Plague in India, 1896, 1897 - Volume 3
Year: 1896
Disease focus: Plague
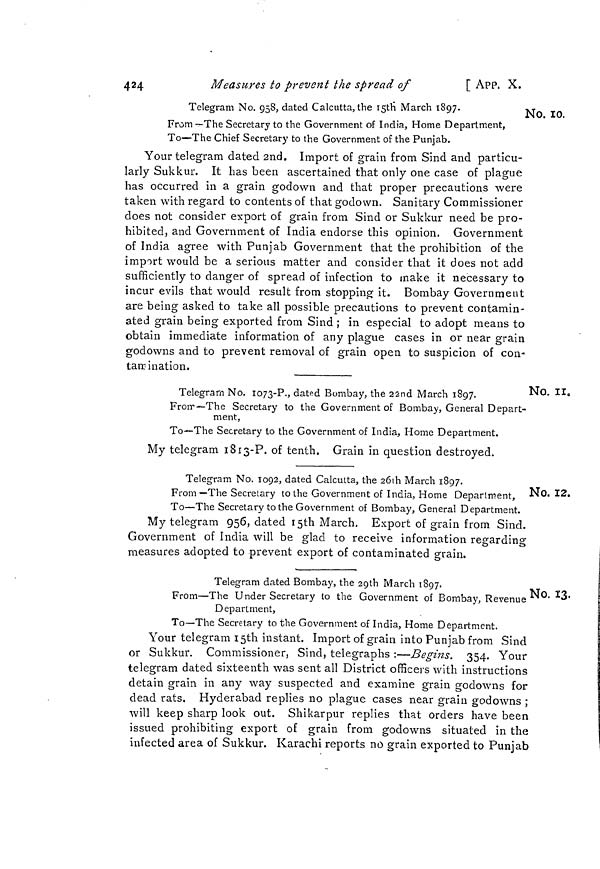
424
Measures to prevent the spread of
[ APP. X.
No. lo.
Telegram No. 958, dated Calcutta, the I5th" March 1897.
j
From —The Secretary to the Government of India, Home Department,
To—The Chief Secretary to the Government of the Punjab.
Your telegram dated 2nd. Import of grain from Sind and particu-
larly Sukkur. It has been ascertained that only one case of plague
has occurred in a grain godown and that proper precautions were
taken with regard to contents of that godown. Sanitary Commissioner
does not consider export of grain from Sind or Sukkur need be pro-
hibited, and Government of India endorse this opinion. Government
of India agree with Punjab Government that the prohibition of the
import would be a serious matter and consider that it does not add
sufficiently to danger of spread of infection to make it necessary to
incur evils that would result from stopping it. Bombay Government
are being asked to take all possible precautions to prevent contamin-
ated grain being exported from Sind ; in especial to adopt means to
obtain immediate information of any plague cases in or near grain
godowns and to prevent removal of grain open to suspicion of con-
tamination.
NO. 1I0
Telegram No. 1073-?., dated Bombay, the 22nd March 1897.
Frorr— The Secretary to the Government of Bombay, General Depart-
ment,
To—The Secretary to the Government of India, Home Department.
My telegram 1813-?. of tenth. Grain in question destroyed.
No. 12.
Telegram No. 1092, dated Calcutta, the 20th March 1897.
From—The Secretary to the Government of India, Home Department,
To—The Secretary to the Government of Bombay, General Department.
My telegram 956, dated I5th March. Export of grain from Sind.
Government of India will be glad to receive information regarding
measures adopted to prevent export of contaminated grain.
No. 13.
Telegram dated Bombay, the 29th March 1897.
From—The Under Secretary to the Government of Bombay, Revenue
Department,
To—The Secretary to the Government of India, Home Department.
Your telegram I5th instant. Import of grain into Punjab from Sind
or Sukkur. Commissioner, Sind, telegraphs :—Begins. 354, Your
telegram dated sixteenth was sent all District officers with instructions
detain grain in any way suspected and examine grain godowns for
dead rats. Hyderabad replies no plague cases near grain godowns ;
will keep sharp look out. Shikarpur replies that orders have been
issued prohibiting export of grain from godowns situated in the
infected area of Sukkur. Karachi reports no grain exported to Punjab